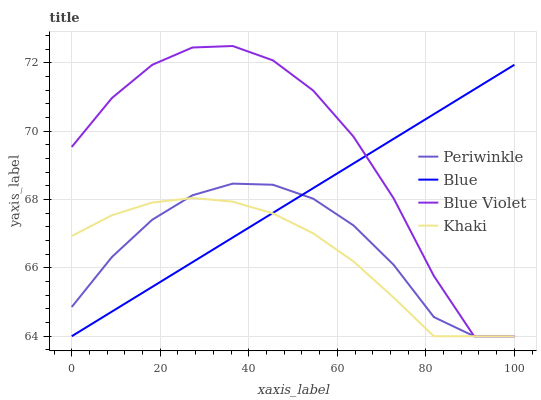
| xaxis_label | Periwinkle | Blue | Blue Violet | Khaki |
 | --- | --- | --- | --- | --- |
 | 0 | 64.9 | 64 | 69.5 | 66.9 |
 | 9.09 | 66.3 | 64.7 | 71 | 67.5 |
 | 18.2 | 67.4 | 65.4 | 71.9 | 67.9 |
 | 27.3 | 68.1 | 66.2 | 72.4 | 68 |
 | 36.4 | 68.5 | 66.9 | 72.5 | 67.9 |
 | 45.5 | 68.4 | 67.6 | 72.1 | 67.6 |
 | 54.5 | 68 | 68.3 | 71.2 | 67 |
 | 63.6 | 67.2 | 69.1 | 69.8 | 66.2 |
 | 72.7 | 66.1 | 69.8 | 68 | 65.1 |
 | 81.8 | 64.6 | 70.5 | 65.8 | 64 |
 | 90.9 | 64 | 71.2 | 64 | 64 |
 | 100 | 64 | 71.9 | 64 | 64 |